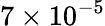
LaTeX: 7\times 10^{-5}